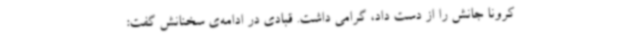
کرونا جانش را از دست داد، گرامی داشت. قبادی در ادامه‌ی سخنانش گفت: